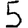
Digit: 5